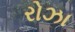
રોઝા